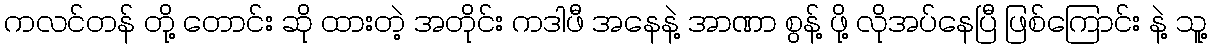
ကလင်တန် တို့ တောင်း ဆို ထားတဲ့ အတိုင်း ကဒါဖီ အနေနဲ့ အာဏာ စွန့် ဖို့ လိုအပ်နေပြီ ဖြစ်ကြောင်း နဲ့ သူ့